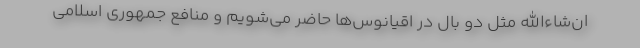
ان‌شاءالله مثل دو بال در اقیانوس‌ها حاضر می‌شویم و منافع جمهوری اسلامی